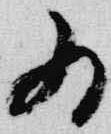
為